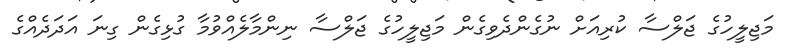
މަޖިލީހުގެ ޖަލްސާ ކުރިއަށް ނުގެންދެވިގެން މަޖިލީހުގެ ޖަލްސާ ނިންމާލެއްވުމާ ގުޅިގެން ގިނަ އަދަދެއްގެ